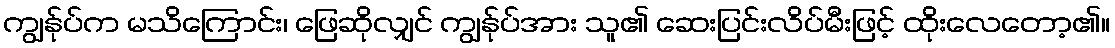
ကျွန်ုပ်က မသိကြောင်း၊ ဖြေဆိုလျှင် ကျွန်ုပ်အား သူ၏ ဆေးပြင်းလိပ်မီးဖြင့် ထိုးလေတော့၏။